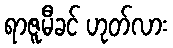
ရာဇူမီခင် ဟုတ်လား